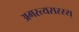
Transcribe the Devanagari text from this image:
अगस्त्यसरस्स्